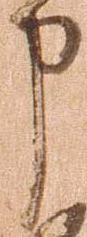
申